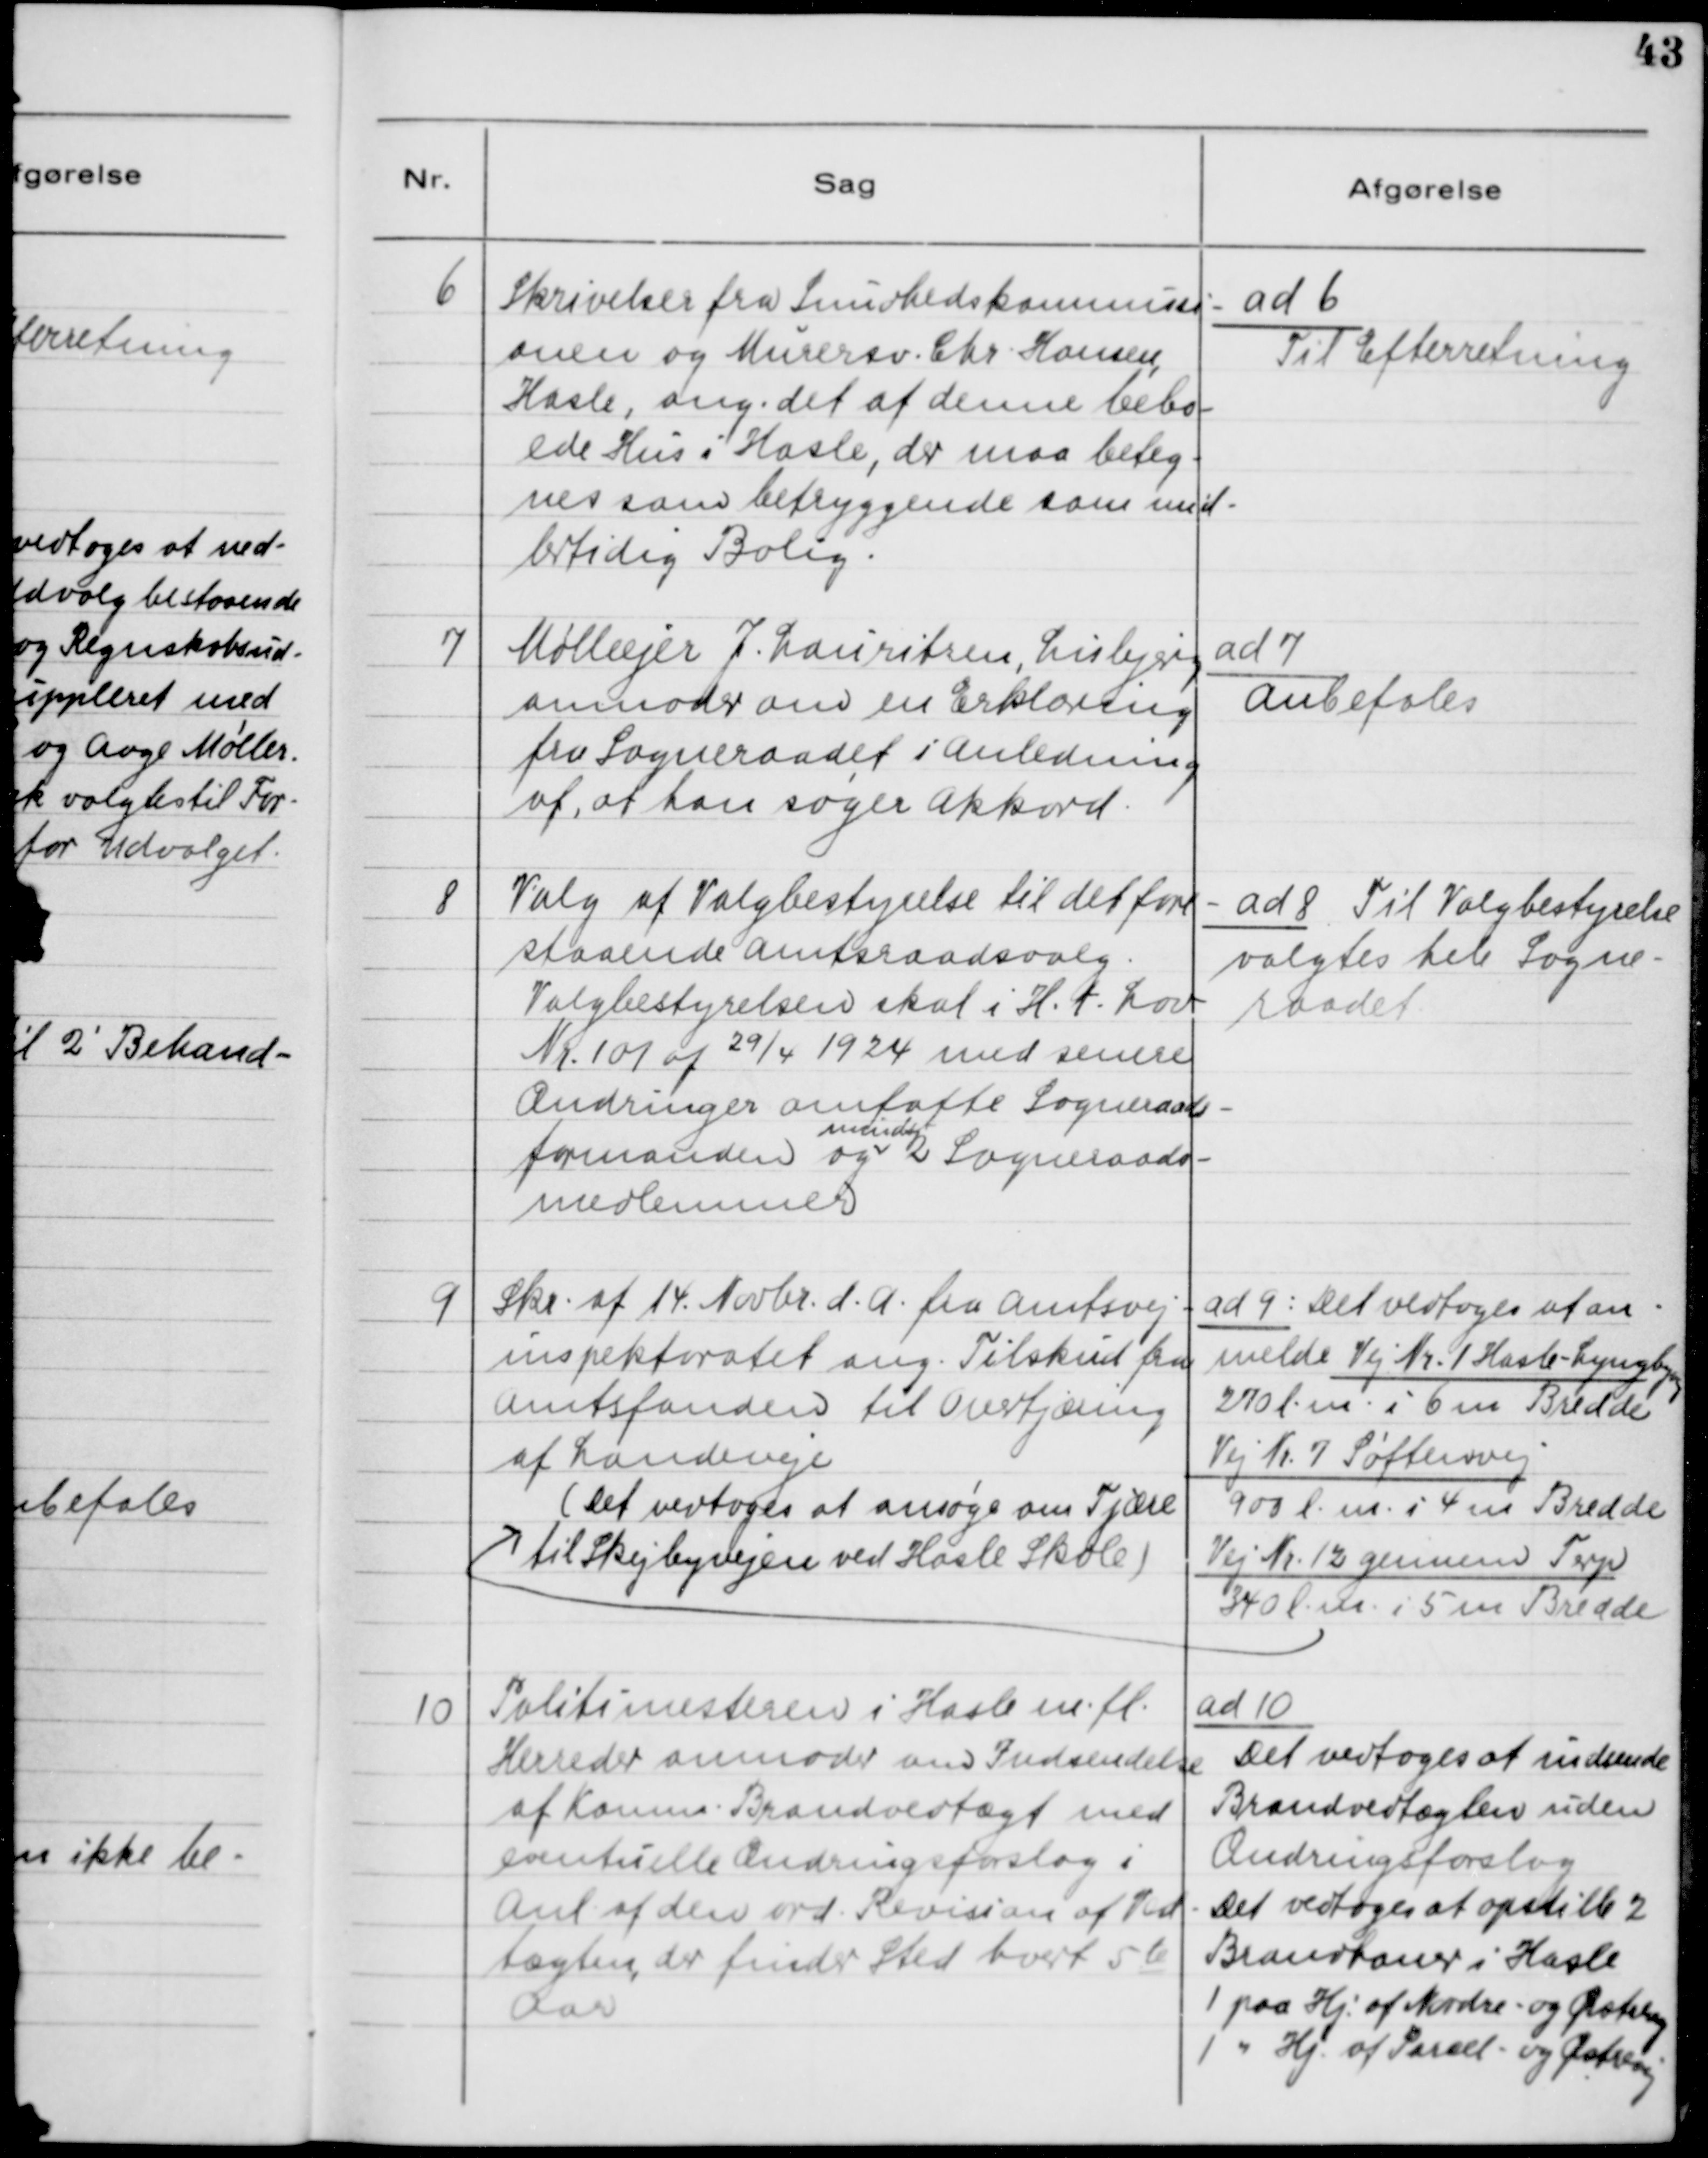
Transskription:
6

Skrivelser fra Sundhedskommissi-
onen og Murersv. Chr. Hansen,
Hasle, ang. det af denne bebo-
ede Hus i Hasle, der maa beteg-
nes som betryggende som mid-
lertidig Bolig.

ad 6.
Til Efterretning

7

Mølleejer J. Lauritzen, Lisbjerg
anmoder om en Erklæring
fra Sogneraadet i Anledning
af, at han søgeer Akkord

ad 7
Anbefales

8

Valg af Valgbestyrelse til det fore-
staaende Amtsraadsvalg.
Valgbestyrelsen skal i H.t. Lov
Nr. 101 af 29/4 1924 med senere
Ændringer omfatte Sogneraads-
formanden og 2 Sogneraads-
mindst
medlemmer

ad 8. Til Valgbestyrelse
valgtes hele Sogne-
raadet

9

Skr. af 14. Novbr. d.A. fra Amtsvej-
inspektoratet ang. Tilskud fra
Amtsfonden til Overtjæring
af Landeveje.

ad 9: Det vedtoges at an-
melde Vej Nr. 1 Hasle-Lyngbyvej
270 l.m. i 6 m Bredde
Vej Nr. 7 Søftenvej
900 l.m. i en 4 m Bredde
Vej Nr. 12 gennem Terp
340 l.m. i 5 m Bredde

(Det vedtoges at ansøge om Tjære
til Skejbyvejen ved Hasle Skole)

10

Politimesteren i Hasle m.fl.
Herreder anmoder om Indsendelse
af Komm. Brandvedtægt med
samtlige Ændringsforslag i
Anl. af den ord. Revision af Ved-
tægten, der finder Sted hvert 5te
Aar.

ad 10
Det vedtoges at indsende 
Brandvedtægten uden 
Ændringsforslag.
Det vedtoges at opstille 2
Brandhaner i Hasle
1 paa Hj. af Nordre- og Østrevej
1 " Hj. af Parcel- og Østrevej